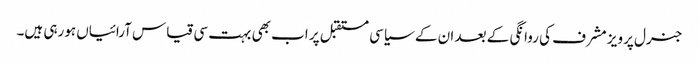
جنرل پرویز مشرف کی روانگی کے بعد ان کے سیاسی مستقبل پر اب بھی بہت سی قیاس آرائیاں ہورہی ہیں۔